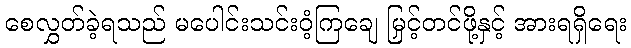
စေလွှတ်ခဲ့ရသည် မပေါင်းသင်းဝံ့ကြချေ မြှင့်တင်ဖို့နှင့် အားရရှိရေး